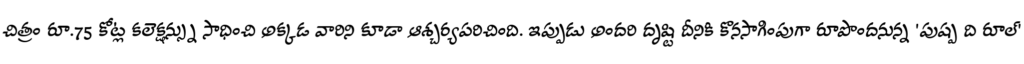
చిత్రం రూ.75 కోట్ల కలెక్షన్స్ను సాధించి అక్కడ వారిని కూడా ఆశ్చర్యపరిచింది. ఇప్పుడు అందరి దృష్టి దీనికి కొనసాగింపుగా రూపొందనున్న 'పుష్ప ది రూల్'